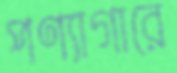
পণ্যাগারে